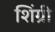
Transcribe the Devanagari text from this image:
शिंग्री